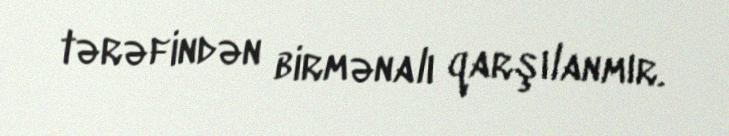
tərəfindən birmənalı qarşılanmır.